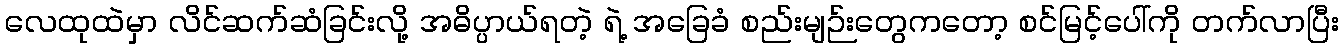
လေထုထဲမှာ လိင်ဆက်ဆံခြင်းလို့ အဓိပ္ပာယ်ရတဲ့ ရဲ့ အခြေခံ စည်းမျဉ်းတွေကတော့ စင်မြင့်ပေါ်ကို တက်လာပြီး